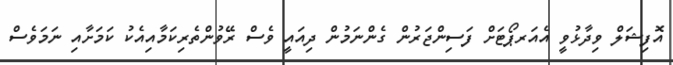
އޮފިޝަލް ވިދާޅުވީ އެއަރޕޯޓަށް ފަސިންޖަރުން ގެންނަމުން ދިއައީ ވެސް ރޭވުންތެރިކަމާއިއެކު ކަމަށާއި ނަމަވެސް